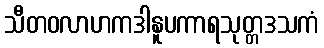
သီတဝလာဟကဒါနူပကာရသုတ္တဒသကံ